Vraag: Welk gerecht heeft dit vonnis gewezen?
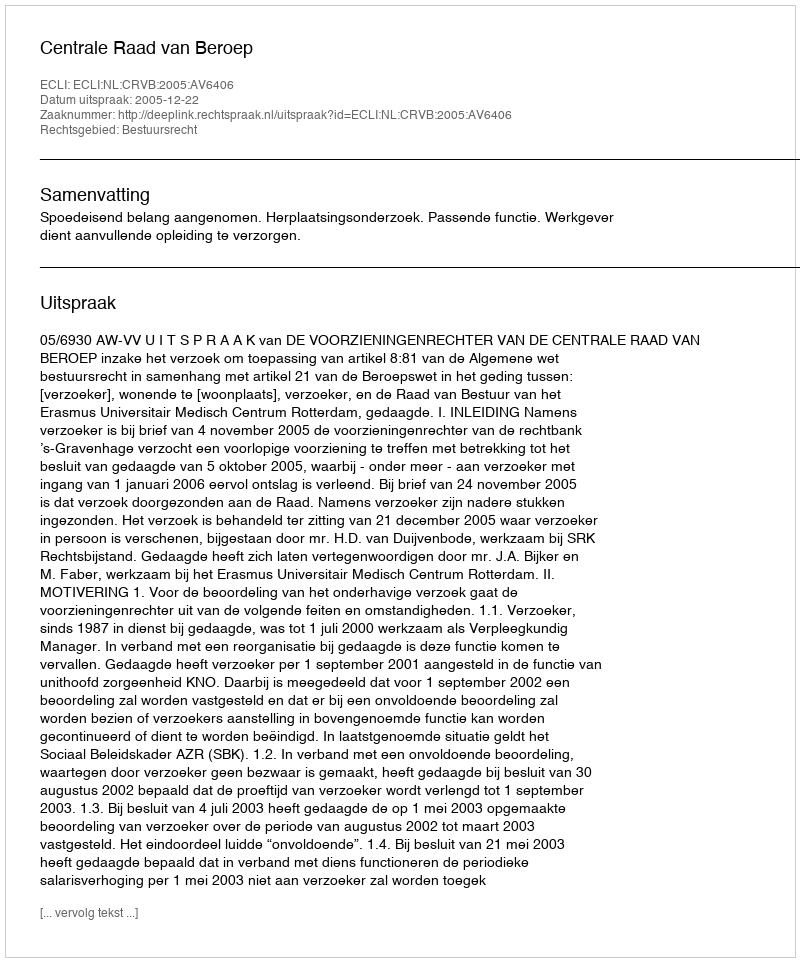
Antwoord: Centrale Raad van Beroep